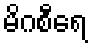
မိဂစီရေ